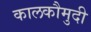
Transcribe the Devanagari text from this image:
कालकौमुदी